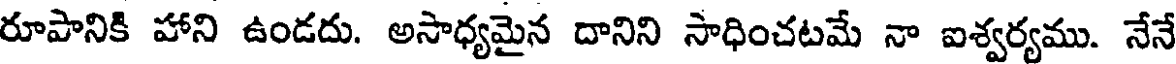
రూపానికి హాని ఉండదు. అసాధ్యమైన దానిని సాధించటమే నా ఐశ్వర్యము. నేనే